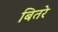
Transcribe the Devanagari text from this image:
बितरे